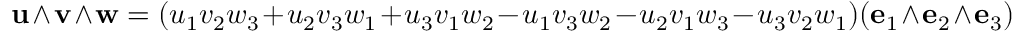
\mathbf { u } \wedge \mathbf { v } \wedge \mathbf { w } = ( u _ { 1 } v _ { 2 } w _ { 3 } + u _ { 2 } v _ { 3 } w _ { 1 } + u _ { 3 } v _ { 1 } w _ { 2 } - u _ { 1 } v _ { 3 } w _ { 2 } - u _ { 2 } v _ { 1 } w _ { 3 } - u _ { 3 } v _ { 2 } w _ { 1 } ) ( \mathbf { e } _ { 1 } \wedge \mathbf { e } _ { 2 } \wedge \mathbf { e } _ { 3 } )